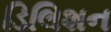
ડિલિશન